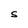
Character: S